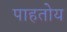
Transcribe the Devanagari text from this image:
पाहतोय